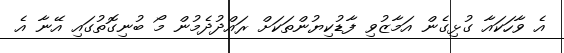
އެ ވާހަކައާ ގުޅިގެން އަމާޒުވި ފާޑުކިޔުންތަކަށް ރައްދުދެމުން މޯ ބުނިގޮތުގައި އޭނާ އެ